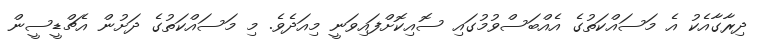
ދިރާގާއެކު އެ މަސައްކަތުގެ އެއްބަސްވުމުގައި ސޮއިކޮށްފައިވަނީ މިއަދެވެ. މި މަސައްކަތުގެ ދަށުން އެޗްޑީސީން